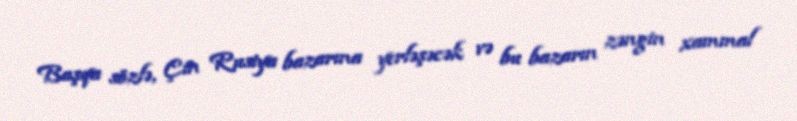
Başqa sözlə, Çin Rusiya bazarına yerləşəcək və bu bazarın zəngin xammal